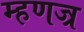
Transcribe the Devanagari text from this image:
म्हणज्र